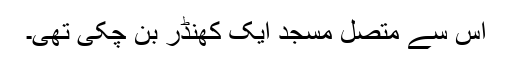
اس سے متصل مسجد ایک کھنڈر بن چکی تھی۔